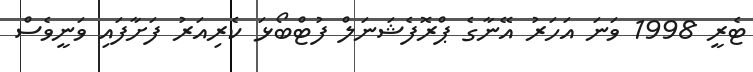
ޓެރީ 1998 ވަނަ އަހަރު އޭނާގެ ޕްރޮފެޝަނަލް ފުޓްބޯޅަ ކެރިއަރު ފަށާފައި ވަނީވެސް